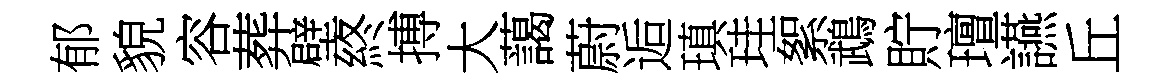
郁貌容葬壁終搏大藹蔚逅瑱珪絮鵡貯璮讌丘